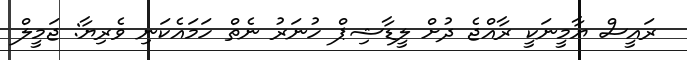
ރައީސް ޔާމީނަކީ ރާއްޖެ ދުށް ލީޑާޝިޕް ހުނަރު ނެތް ހަމައެކަނި ވެރިޔާ: ޖަމީލް